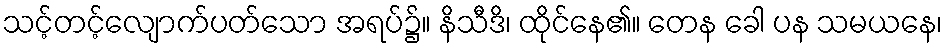
သင့်တင့်လျောက်ပတ်သော အရပ်၌။ နိသီဒိ၊ ထိုင်နေ၏။ တေန ခေါ ပန သမယနေ၊